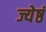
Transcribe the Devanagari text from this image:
ज्येष्ठं